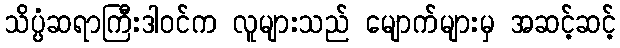
သိပ္ပံဆရာကြီးဒါဝင်က လူများသည် မျောက်များမှ အဆင့်ဆင့်